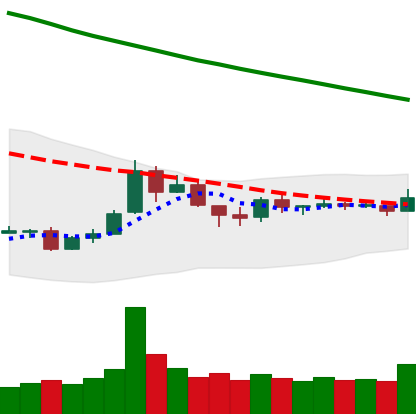
Ticker: TRX-USD
Chart end date: 2018-10-04
Forward return: 14.778%
Label: up_7plus